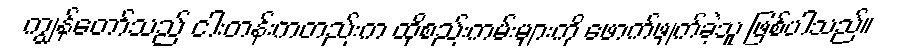
ကျွန်တော်သည် ငါးတန်းကတည်းက ထိုစည်းကမ်းများကို ဖောက်ဖျက်ခဲ့သူ ဖြစ်ပါသည်။